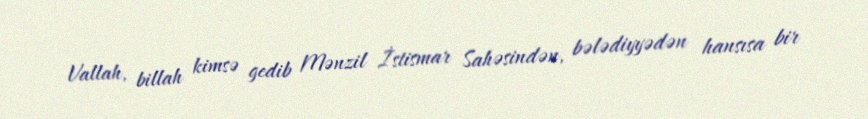
Vallah, billah kimsə gedib Mənzil İstismar Sahəsindən, bələdiyyədən hansısa bir